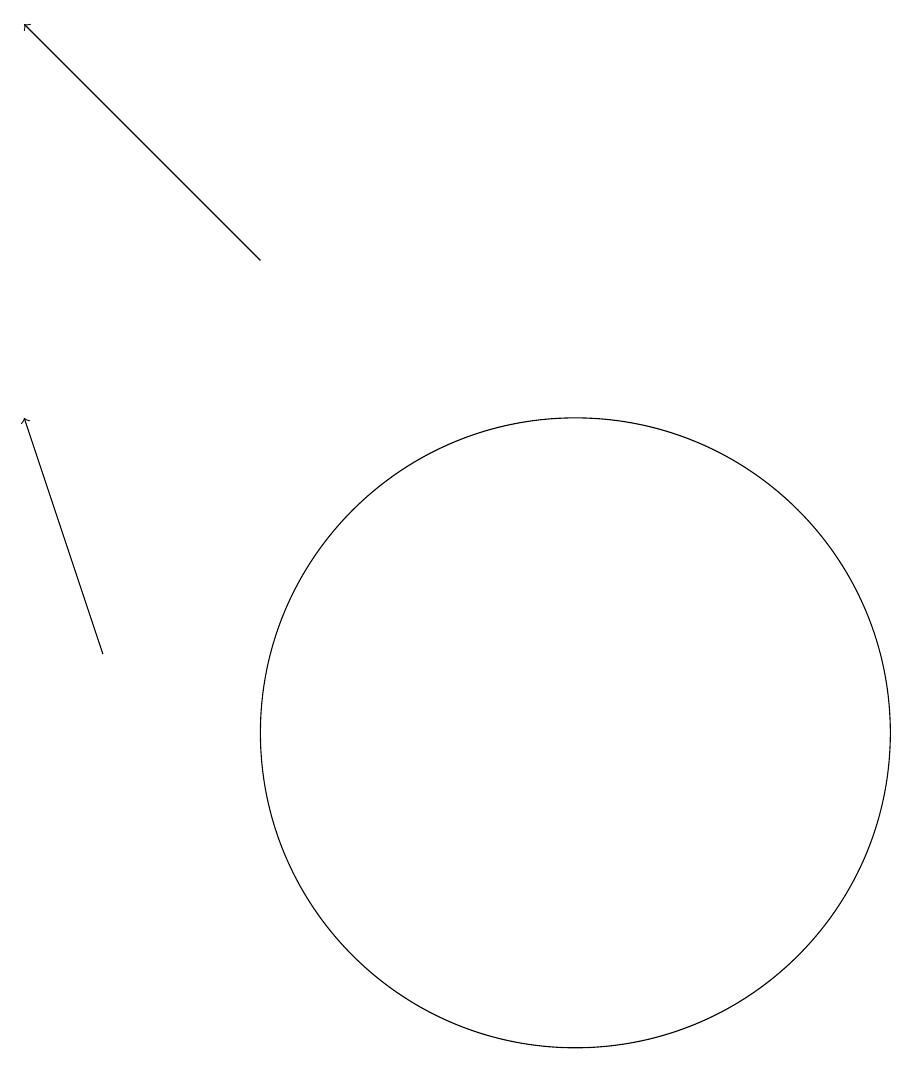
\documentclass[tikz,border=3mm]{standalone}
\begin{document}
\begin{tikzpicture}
\draw[->] (6,11) -- (5,14);
\draw[->] (8,16) -- (5,19);
\draw (12,10) circle (4);
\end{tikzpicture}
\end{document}